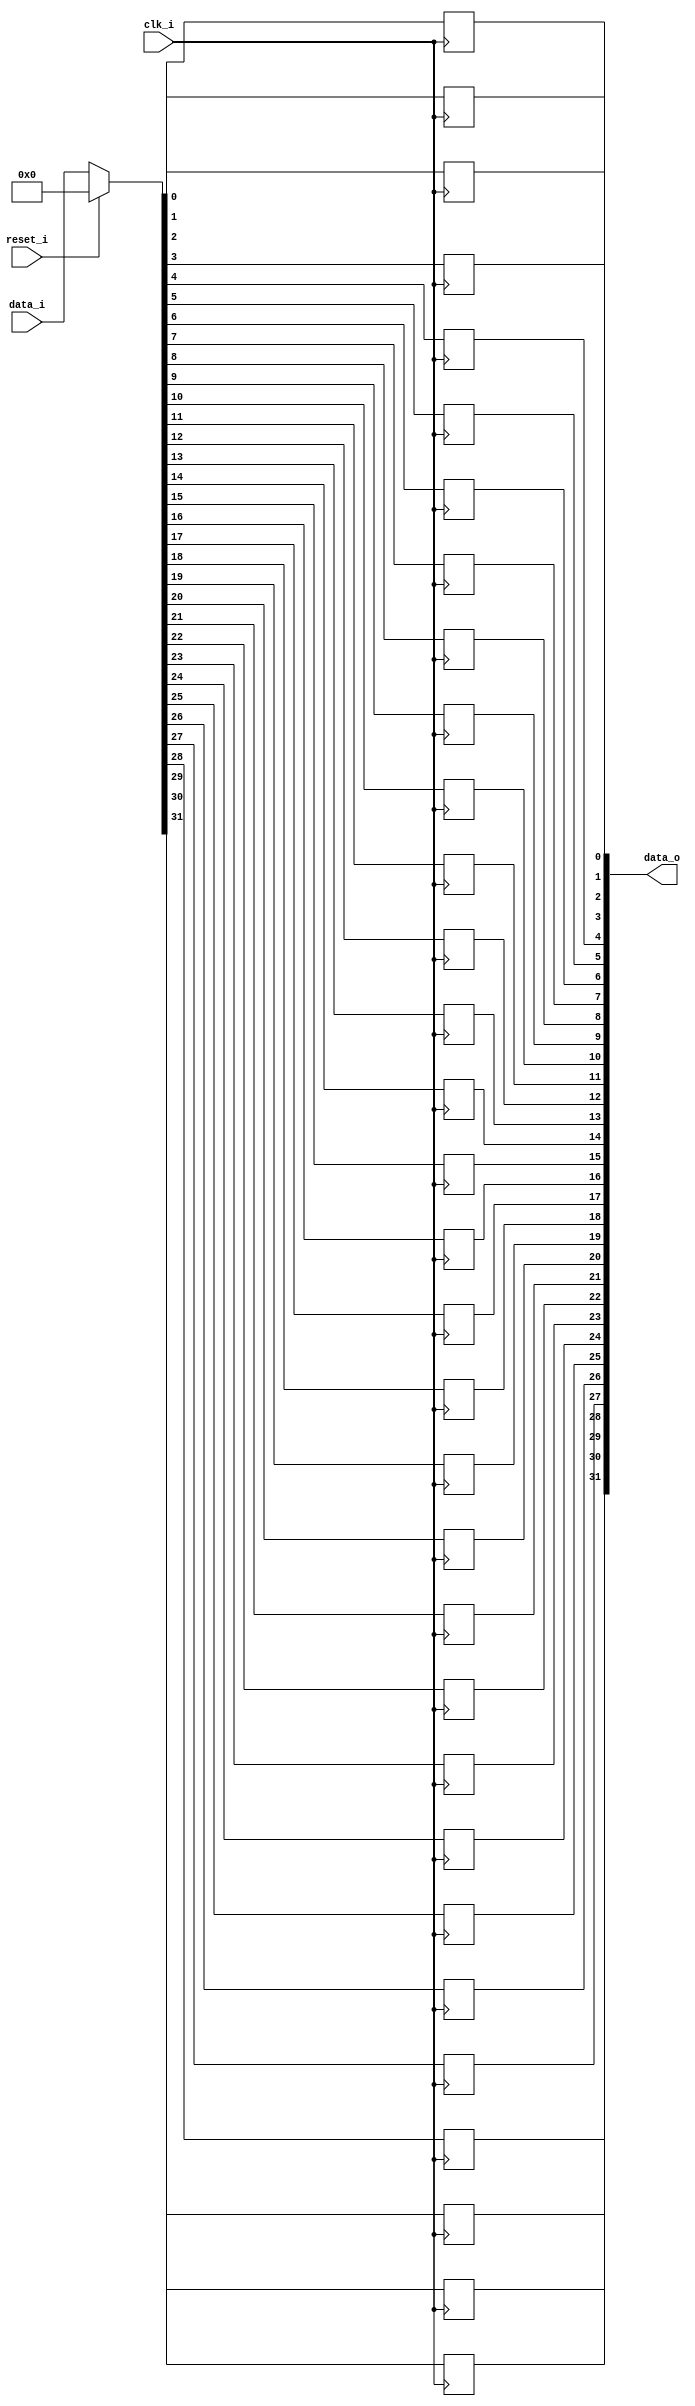
// This program was cloned from: https://github.com/NYU-MLDA/OpenABC
// License: BSD 3-Clause "New" or "Revised" License

module bsg_dff_reset_width_p32
(
  clk_i,
  reset_i,
  data_i,
  data_o
);

  input [31:0] data_i;
  output [31:0] data_o;
  input clk_i;
  input reset_i;
  wire [31:0] data_o;
  wire N0,N1,N2,N3,N4,N5,N6,N7,N8,N9,N10,N11,N12,N13,N14,N15,N16,N17,N18,N19,N20,N21,
  N22,N23,N24,N25,N26,N27,N28,N29,N30,N31,N32,N33,N34;
  reg data_o_31_sv2v_reg,data_o_30_sv2v_reg,data_o_29_sv2v_reg,data_o_28_sv2v_reg,
  data_o_27_sv2v_reg,data_o_26_sv2v_reg,data_o_25_sv2v_reg,data_o_24_sv2v_reg,
  data_o_23_sv2v_reg,data_o_22_sv2v_reg,data_o_21_sv2v_reg,data_o_20_sv2v_reg,
  data_o_19_sv2v_reg,data_o_18_sv2v_reg,data_o_17_sv2v_reg,data_o_16_sv2v_reg,
  data_o_15_sv2v_reg,data_o_14_sv2v_reg,data_o_13_sv2v_reg,data_o_12_sv2v_reg,data_o_11_sv2v_reg,
  data_o_10_sv2v_reg,data_o_9_sv2v_reg,data_o_8_sv2v_reg,data_o_7_sv2v_reg,
  data_o_6_sv2v_reg,data_o_5_sv2v_reg,data_o_4_sv2v_reg,data_o_3_sv2v_reg,
  data_o_2_sv2v_reg,data_o_1_sv2v_reg,data_o_0_sv2v_reg;
  assign data_o[31] = data_o_31_sv2v_reg;
  assign data_o[30] = data_o_30_sv2v_reg;
  assign data_o[29] = data_o_29_sv2v_reg;
  assign data_o[28] = data_o_28_sv2v_reg;
  assign data_o[27] = data_o_27_sv2v_reg;
  assign data_o[26] = data_o_26_sv2v_reg;
  assign data_o[25] = data_o_25_sv2v_reg;
  assign data_o[24] = data_o_24_sv2v_reg;
  assign data_o[23] = data_o_23_sv2v_reg;
  assign data_o[22] = data_o_22_sv2v_reg;
  assign data_o[21] = data_o_21_sv2v_reg;
  assign data_o[20] = data_o_20_sv2v_reg;
  assign data_o[19] = data_o_19_sv2v_reg;
  assign data_o[18] = data_o_18_sv2v_reg;
  assign data_o[17] = data_o_17_sv2v_reg;
  assign data_o[16] = data_o_16_sv2v_reg;
  assign data_o[15] = data_o_15_sv2v_reg;
  assign data_o[14] = data_o_14_sv2v_reg;
  assign data_o[13] = data_o_13_sv2v_reg;
  assign data_o[12] = data_o_12_sv2v_reg;
  assign data_o[11] = data_o_11_sv2v_reg;
  assign data_o[10] = data_o_10_sv2v_reg;
  assign data_o[9] = data_o_9_sv2v_reg;
  assign data_o[8] = data_o_8_sv2v_reg;
  assign data_o[7] = data_o_7_sv2v_reg;
  assign data_o[6] = data_o_6_sv2v_reg;
  assign data_o[5] = data_o_5_sv2v_reg;
  assign data_o[4] = data_o_4_sv2v_reg;
  assign data_o[3] = data_o_3_sv2v_reg;
  assign data_o[2] = data_o_2_sv2v_reg;
  assign data_o[1] = data_o_1_sv2v_reg;
  assign data_o[0] = data_o_0_sv2v_reg;

  always @(posedge clk_i) begin
    if(1'b1) begin
      data_o_31_sv2v_reg <= N34;
    end 
  end


  always @(posedge clk_i) begin
    if(1'b1) begin
      data_o_30_sv2v_reg <= N33;
    end 
  end


  always @(posedge clk_i) begin
    if(1'b1) begin
      data_o_29_sv2v_reg <= N32;
    end 
  end


  always @(posedge clk_i) begin
    if(1'b1) begin
      data_o_28_sv2v_reg <= N31;
    end 
  end


  always @(posedge clk_i) begin
    if(1'b1) begin
      data_o_27_sv2v_reg <= N30;
    end 
  end


  always @(posedge clk_i) begin
    if(1'b1) begin
      data_o_26_sv2v_reg <= N29;
    end 
  end


  always @(posedge clk_i) begin
    if(1'b1) begin
      data_o_25_sv2v_reg <= N28;
    end 
  end


  always @(posedge clk_i) begin
    if(1'b1) begin
      data_o_24_sv2v_reg <= N27;
    end 
  end


  always @(posedge clk_i) begin
    if(1'b1) begin
      data_o_23_sv2v_reg <= N26;
    end 
  end


  always @(posedge clk_i) begin
    if(1'b1) begin
      data_o_22_sv2v_reg <= N25;
    end 
  end


  always @(posedge clk_i) begin
    if(1'b1) begin
      data_o_21_sv2v_reg <= N24;
    end 
  end


  always @(posedge clk_i) begin
    if(1'b1) begin
      data_o_20_sv2v_reg <= N23;
    end 
  end


  always @(posedge clk_i) begin
    if(1'b1) begin
      data_o_19_sv2v_reg <= N22;
    end 
  end


  always @(posedge clk_i) begin
    if(1'b1) begin
      data_o_18_sv2v_reg <= N21;
    end 
  end


  always @(posedge clk_i) begin
    if(1'b1) begin
      data_o_17_sv2v_reg <= N20;
    end 
  end


  always @(posedge clk_i) begin
    if(1'b1) begin
      data_o_16_sv2v_reg <= N19;
    end 
  end


  always @(posedge clk_i) begin
    if(1'b1) begin
      data_o_15_sv2v_reg <= N18;
    end 
  end


  always @(posedge clk_i) begin
    if(1'b1) begin
      data_o_14_sv2v_reg <= N17;
    end 
  end


  always @(posedge clk_i) begin
    if(1'b1) begin
      data_o_13_sv2v_reg <= N16;
    end 
  end


  always @(posedge clk_i) begin
    if(1'b1) begin
      data_o_12_sv2v_reg <= N15;
    end 
  end


  always @(posedge clk_i) begin
    if(1'b1) begin
      data_o_11_sv2v_reg <= N14;
    end 
  end


  always @(posedge clk_i) begin
    if(1'b1) begin
      data_o_10_sv2v_reg <= N13;
    end 
  end


  always @(posedge clk_i) begin
    if(1'b1) begin
      data_o_9_sv2v_reg <= N12;
    end 
  end


  always @(posedge clk_i) begin
    if(1'b1) begin
      data_o_8_sv2v_reg <= N11;
    end 
  end


  always @(posedge clk_i) begin
    if(1'b1) begin
      data_o_7_sv2v_reg <= N10;
    end 
  end


  always @(posedge clk_i) begin
    if(1'b1) begin
      data_o_6_sv2v_reg <= N9;
    end 
  end


  always @(posedge clk_i) begin
    if(1'b1) begin
      data_o_5_sv2v_reg <= N8;
    end 
  end


  always @(posedge clk_i) begin
    if(1'b1) begin
      data_o_4_sv2v_reg <= N7;
    end 
  end


  always @(posedge clk_i) begin
    if(1'b1) begin
      data_o_3_sv2v_reg <= N6;
    end 
  end


  always @(posedge clk_i) begin
    if(1'b1) begin
      data_o_2_sv2v_reg <= N5;
    end 
  end


  always @(posedge clk_i) begin
    if(1'b1) begin
      data_o_1_sv2v_reg <= N4;
    end 
  end


  always @(posedge clk_i) begin
    if(1'b1) begin
      data_o_0_sv2v_reg <= N3;
    end 
  end

  assign { N34, N33, N32, N31, N30, N29, N28, N27, N26, N25, N24, N23, N22, N21, N20, N19, N18, N17, N16, N15, N14, N13, N12, N11, N10, N9, N8, N7, N6, N5, N4, N3 } = (N0)? { 1'b0, 1'b0, 1'b0, 1'b0, 1'b0, 1'b0, 1'b0, 1'b0, 1'b0, 1'b0, 1'b0, 1'b0, 1'b0, 1'b0, 1'b0, 1'b0, 1'b0, 1'b0, 1'b0, 1'b0, 1'b0, 1'b0, 1'b0, 1'b0, 1'b0, 1'b0, 1'b0, 1'b0, 1'b0, 1'b0, 1'b0, 1'b0 } : 
                                                                                                                                                                       (N1)? data_i : 1'b0;
  assign N0 = reset_i;
  assign N1 = N2;
  assign N2 = ~reset_i;

endmodule